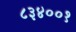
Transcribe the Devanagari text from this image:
८३४००१